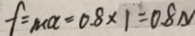
f = m a = 0 . 8 \times 1 = 0 . 8 N